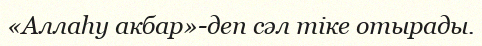
«Аллаһу акбар»-деп сәл тіке отырады.